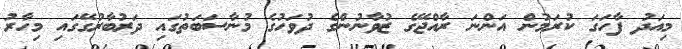
މިއަދު ފާހަގަ ކުރަމުން އަންނަ ރާއްޖޭގެ ޒުވާނުންގެ ދުވަހުގެ މުނާސަބަތުގައި ދަރުބާރުގޭގައި މިހާރު